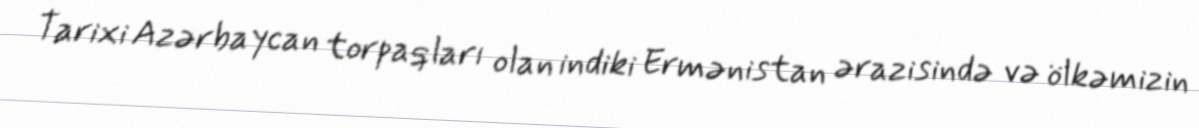
Tarixi Azərbaycan torpaqları olan indiki Ermənistan ərazisində və ölkəmizin